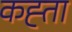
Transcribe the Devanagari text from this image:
कह्ता